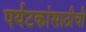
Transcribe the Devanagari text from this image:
पर्यटकांसाठीची